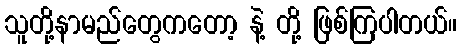
သူတို့နာမည်တွေကတော့ နဲ့ တို့ ဖြစ်ကြပါတယ်။